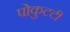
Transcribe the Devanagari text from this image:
पोकुटटी